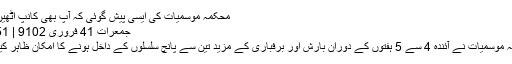
محکمہ موسمیات کی ایسی پیش گوئی کہ آپ بھی کانپ اٹھیں گے
جمعرات‬‮ 14 فروری‬‮ 2019 | 15:24
محکمہ موسمیات نے آئندہ 4 سے 5 ہفتوں کے دوران بارش اور برفباری کے مزید تین سے پانچ سلسلوں کے داخل ہونے کا امکان ظاہر کیا ہے۔